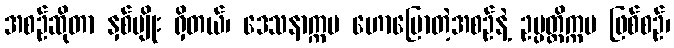
အစဉ်ဆိုတာ နှစ်မျိုး ရှိတယ်၊ ဒေသနာက္ကမ ဟောပြောတဲ့အစဉ်နဲ့ ဥပ္ပတ္တိက္ကမ ဖြစ်စဉ်၊